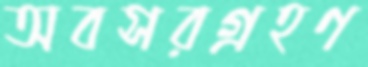
অবসরগ্রহণ